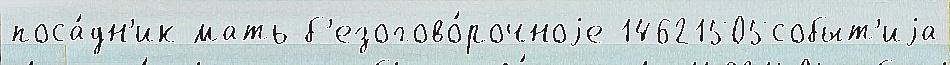
поса́дн'ик мать б'езогово́рочноjе 14621505событ'иjа